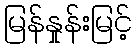
မြန်နှုန်းမြင့်